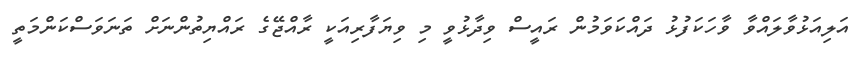
އަލިއަޅުވާލައްވާ ވާހަކަފުޅު ދައްކަވަމުން ރައީސް ވިދާޅުވީ މި ވިޔަފާރިއަކީ ރާއްޖޭގެ ރައްޔިތުންނަށް ތަނަވަސްކަންމަތީ